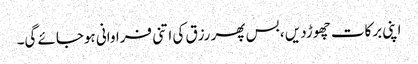
اپنی برکات چھوڑدیں ، بس پھر رزق کی اتنی فراوانی ہوجائے گی۔